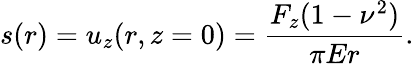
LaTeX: s(r)=u_{z}(r,z=0)=\frac{F_{z}(1-\nu^{2})}{\pi Er}.